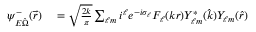
\begin{array} { r l } { \psi _ { E \hat { \Omega } } ^ { - } ( \vec { r } ) } & { { } = \sqrt { \frac { 2 k } { \pi } } \sum _ { \ell m } i ^ { \ell } e ^ { - i \sigma _ { \ell } } F _ { \ell } ( k r ) Y _ { \ell m } ^ { * } ( \hat { k } ) Y _ { \ell m } ( \hat { r } ) } \end{array}